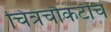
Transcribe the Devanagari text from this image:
चित्रचौकटीचे